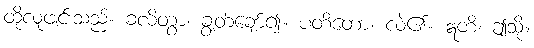
ထိုလူဖျင်းသည်။ ခလိတွာ၊ ချွတ်ချော်၍။ ပတိတော၊ လဲ၏။ ဣတိ၊ ဤသို့။